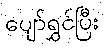
ပျော်ရွှင်ပြီး